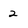
Character: 2